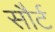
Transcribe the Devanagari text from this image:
सौर्ट